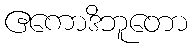
ဧကောဒိဘူတော